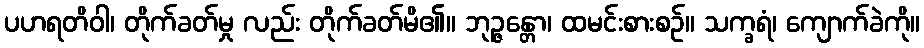
ပဟရတိဝါ၊ တိုက်ခတ်မှု လည်း တိုက်ခတ်မိ၏။ ဘုဉ္ဇန္တော၊ ထမင်းစားစဉ်။ သက္ခရံ၊ ကျောက်ခဲကို။